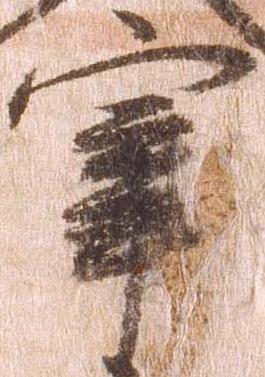
宰